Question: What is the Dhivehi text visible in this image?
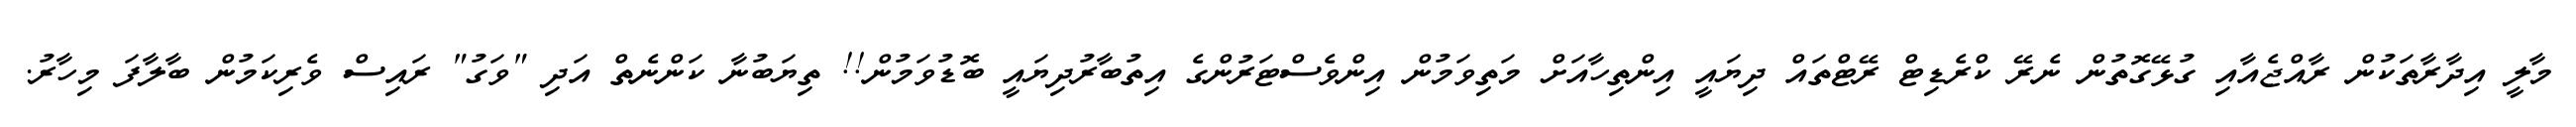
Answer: މާލީ އިދާރާތަކުން ރާއްޖެއާއި ގުޅޭގޮތުން ނެރޭ ކްރެޑިޓް ރޭޓްތައް ދިޔައީ އިންތިހާއަށް މަތިވަމުން އިންވެސްޓަރުންގެ އިތުބާރުދިޔައީ ބޮޑުވަމުން!! ތިޔަބުނާ ކަންނެތް އަދި "ވަގު" ރައިސް ވެރިކަމުން ބާލާފަ މިހާރު.